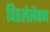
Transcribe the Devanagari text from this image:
विश्लेलेषण